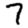
Digit: 7